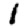
Digit: 1